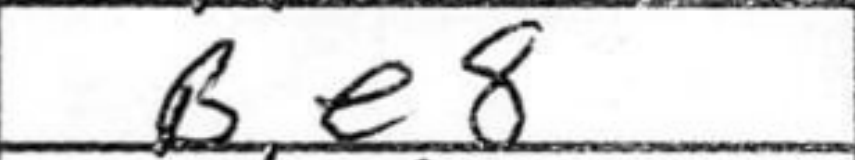
Transcription: Be8